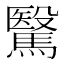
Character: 𩥯